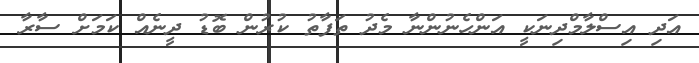
އަދި އިސްލާމްދިނަކީ އަންހެނުންނާ މެދު ތަފާތު ކުރުން ބޮޑު ދީނެއް ކަމަށް ސާރާ